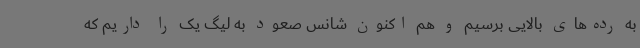
به رده‌های بالایی برسیم و هم اکنون شانس صعود به لیگ یک را داریم که